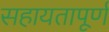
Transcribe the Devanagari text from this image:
सहायतापूर्ण